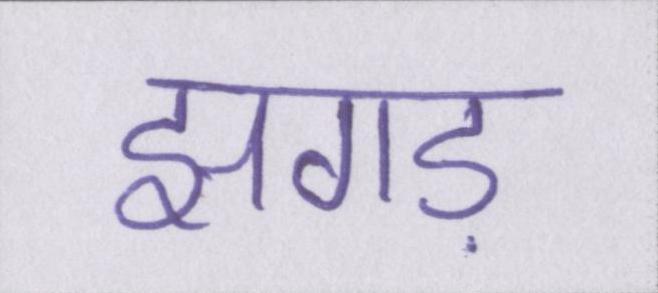
झगड़